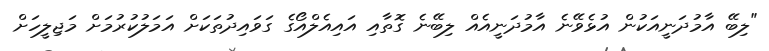
"ލިބޭ އާމުދަނީއަކުން އުޅެވޭނެ އާމުދަނީއެއް ލިބޭނެ ގޮތާއި އައިއެލްއޯގެ ގަވައިދުތަކަށް އަމަލުކުރުމަށް މަޖިލީހަށް